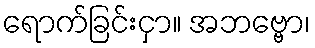
ရောက်ခြင်းငှာ။ အဘဗ္ဗော၊